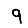
Digit: 9